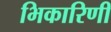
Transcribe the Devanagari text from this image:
भिकारिणी